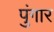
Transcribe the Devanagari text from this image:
पुंगार